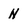
Character: N